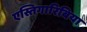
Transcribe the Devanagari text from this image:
एस्तिगारिबिया